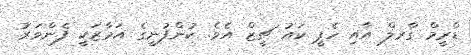
ޑްރީމް ގާރލް އާއި ހެޕީ ކައު ޗީޒް އެވެ. ކުންފުނީގެ އަމާޒަކީ ފެންވަރު